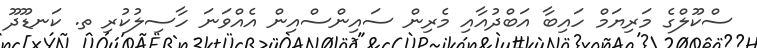
ސްކޫލްގެ މަރިޔަމް ހައިބާ އަބްދުއާއި މެރިން ސައިންސްއިން އެއްވަނަ ހާސިލުކުރި ތ. ކަނޑޫދޫ